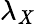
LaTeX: \lambda_{\mathit{X}}